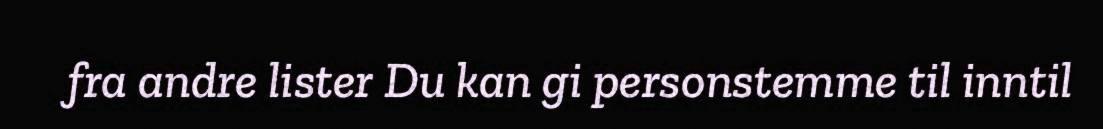
fra andre lister Du kan gi personstemme til inntil